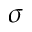
\sigma